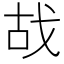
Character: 𢦮